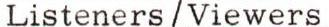
Listeners/Viewers